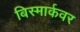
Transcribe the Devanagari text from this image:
बिस्मार्कवर